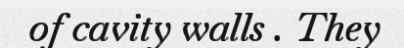
of cavity walls . They